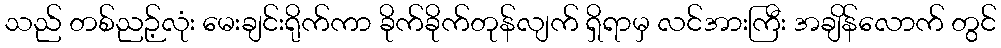
သည် တစ်ညဉ့်လုံး မေးချင်းရိုက်ကာ ခိုက်ခိုက်တုန်လျက် ရှိရာမှ လင်အားကြီး အချိန်လောက် တွင်